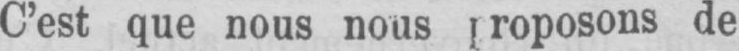
de